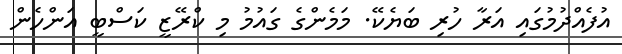
އުފެއްދުމުގައި އަރާ ހުރި ބަޔެކޭ. މަމެންގެ ގައުމު މި ކްރޭޒީ ކަސްބީ އަންހެން